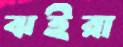
ঝইরা